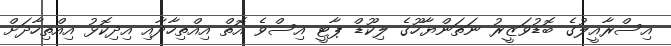
އިސްރާއީލުގެ ބޮޑުވަޒީރު ނަތަންޔާހޫގެ ލިކޫޑް ޕާޓީ އިސްވެ އޮތް އިއްތިހާދާއި އިދިކޮޅު އިއްތިހާދަށް